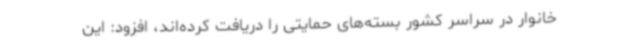
خانوار در سراسر کشور بسته‌های حمایتی را دریافت کرده‌اند، افزود: این